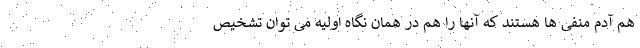
هم آدم منفی ها هستند که آنها را هم در همان نگاه اولیه می توان تشخیص